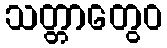
သတ္တာတွေဝ